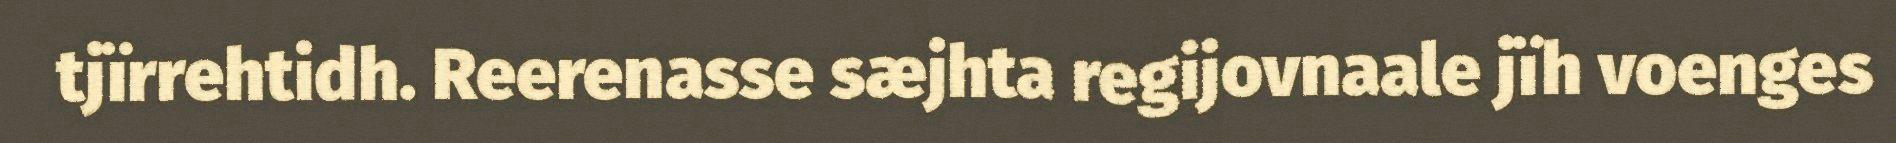
tjïrrehtidh. Reerenasse sæjhta regijovnaale jïh voenges